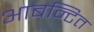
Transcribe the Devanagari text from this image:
आबन्टित